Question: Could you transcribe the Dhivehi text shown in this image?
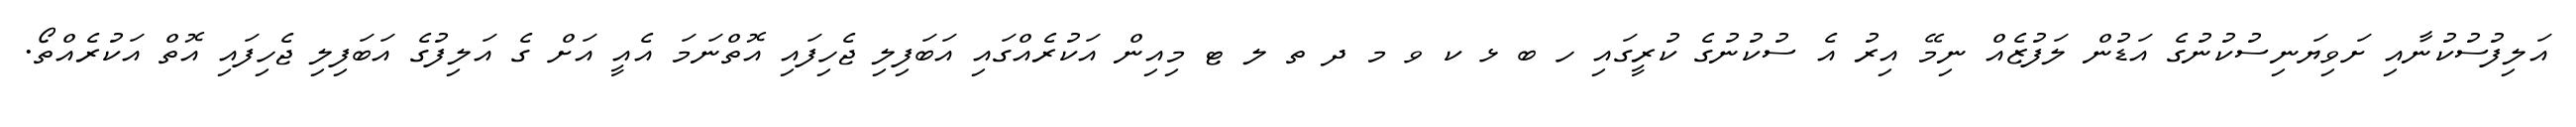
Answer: އަލިފުސުކުނާއި ށަވިޔަނިސުކުނުގެ އަޑުން ލަފުޒެއް ނިމޭ އިރު އެ ސުކުނުގެ ކުރީގައި ހ ބ ޅ ކ ވ މ ދ ތ ލ ޓ މިއިން އަކުރެއްގައި އަބަފިލި ޖެހިފައި އޮތްނަމަ އެއީ އަށް ގެ އަލިފުގެ އަބަފިލި ޖެހިފައި އޮތް އަކުރެއްތޯ.